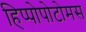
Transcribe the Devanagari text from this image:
हिप्पोपोटोमस